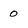
Character: 0